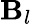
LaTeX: \mathbf{B}_{l}